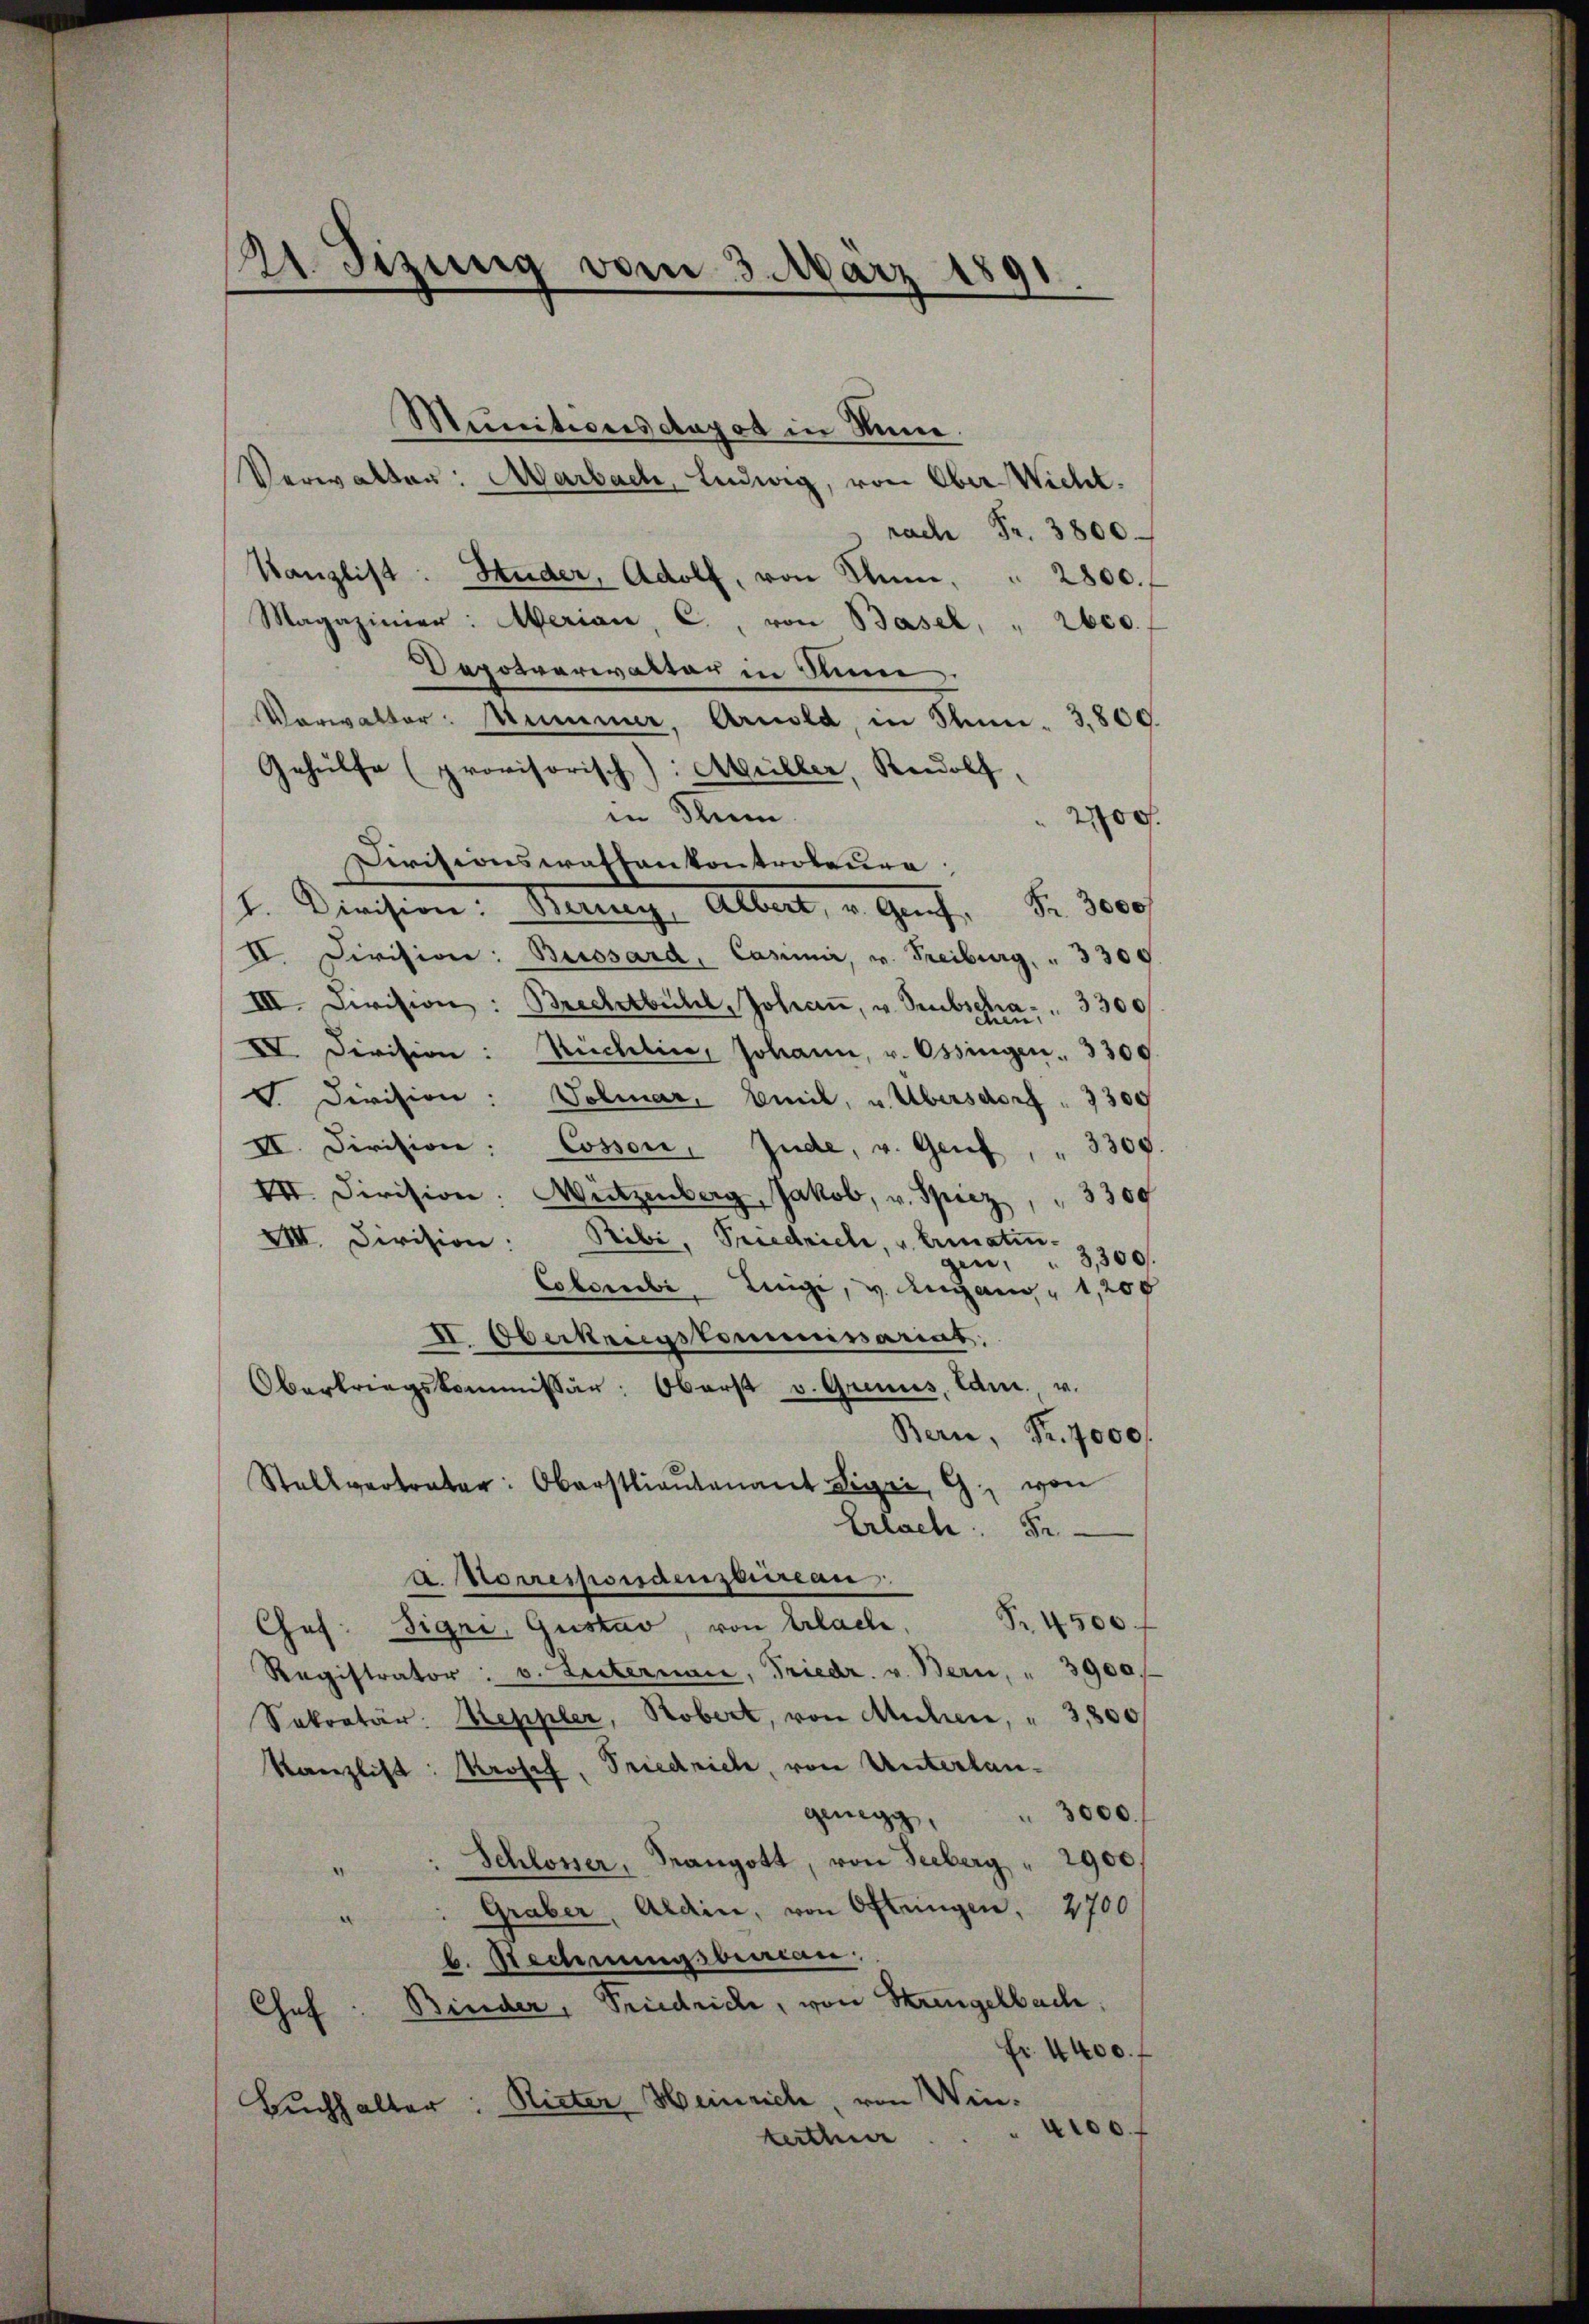
A Sizung vom 3. März 1891.

Munitivers depot in Sinne.
Verwalter: Marbach, Ludwig, von Ober-Wicht.
rach Fr. 3800.
Kanzlist: Huder, Adolf, von Thun, " 2800. f
Magaziner: Merian, C., von Basel, " 2600.
Depotverwalter in Stim
Verwalter: Mummer, Arnold, in Sn. 3,800.
Gehülfe (provisorisch): Müller, Rudolf
in Flum
200.
Divisionswaffenkontroleure,
Fr. 3000
1. Division: Berny, Albert, u. Genf,
II. Division: Buissard, Casimir, u. Freiburg, " 3300.
III. Civision: Brechtbühl, Johaṅ, v. Subscha . . 3300
VI. Division: Ruchlin, Johann, v. Ossingen. 3300.
 Division: Volmar, Emil, u. Übersdorf  3300
II. Division: Cossen. Inde, v. Genf, " 3300.
VII. Division: Weitzenberg, Jakob, v. Spiez, " 3300
VIII. Division: Sibi, Siedrich, u. Ermatin-
3,300.
gen.
Colombe Linge, v. Angang, 1, 20 x
II. Oberkriegskommissariat
Oberkriegskommissär: Oberst v. Genus, Edm., v.
Bern, Fr. 4000f
Stelleter: Oberstlieutenant Sigri, G. von
Erlache. S
A. Korrespondenzbureau
Chof. Sigri, Gustav, von Erlache, Br 4500.
Registrator : v. Leiternare, Friedr. v. Bern, " 3900.
Sekretär: Reppler, Robert, von Michen, " 3,800
Kanzlist: Prosef, Friedrich, von Unterlangenegg, " 3000.
: Schloser, Rangott, von Seeberg " 2900
.
Graber, Arain, von Oftringen, 2700
¬
b. Rechnungsberau
Chef: Binder, Friedrich, von Strengelbach:
Fr. 4400.
Buchhalter: Rieter Heinrich, von Winterthur . . . 4100.